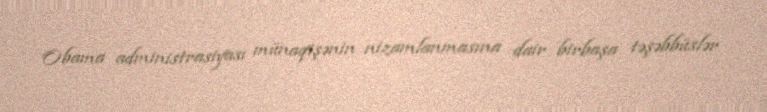
Obama administrasiyası münaqişənin nizamlanmasına dair birbaşa təşəbbüslər